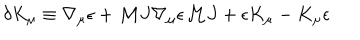
\delta K _ { \mu } \equiv \nabla _ { \mu } \epsilon + { \cal M } J \nabla _ { \mu } \epsilon { \cal M } J + \epsilon K _ { \mu } - K _ { \mu } \epsilon